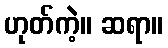
ဟုတ်ကဲ့။ ဆရာ။